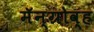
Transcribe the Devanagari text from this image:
मॅन्ग्रोव्ह